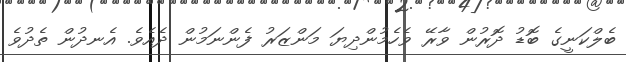
ބެލްކަނީގެ ބޮޑު ދޮރުން ވާރޭ ވެހެމުންދިޔަ މަންޒަރު ފެންނަމުން ދެއެވެ. އެނދުން ތެދުވެ